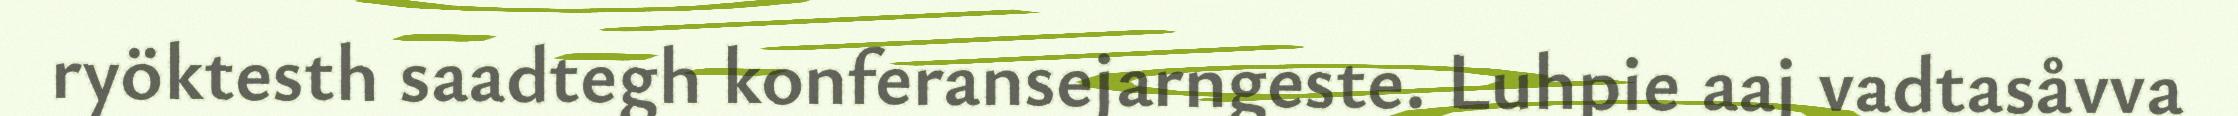
ryöktesth saadtegh konferansejarngeste. Luhpie aaj vadtasåvva